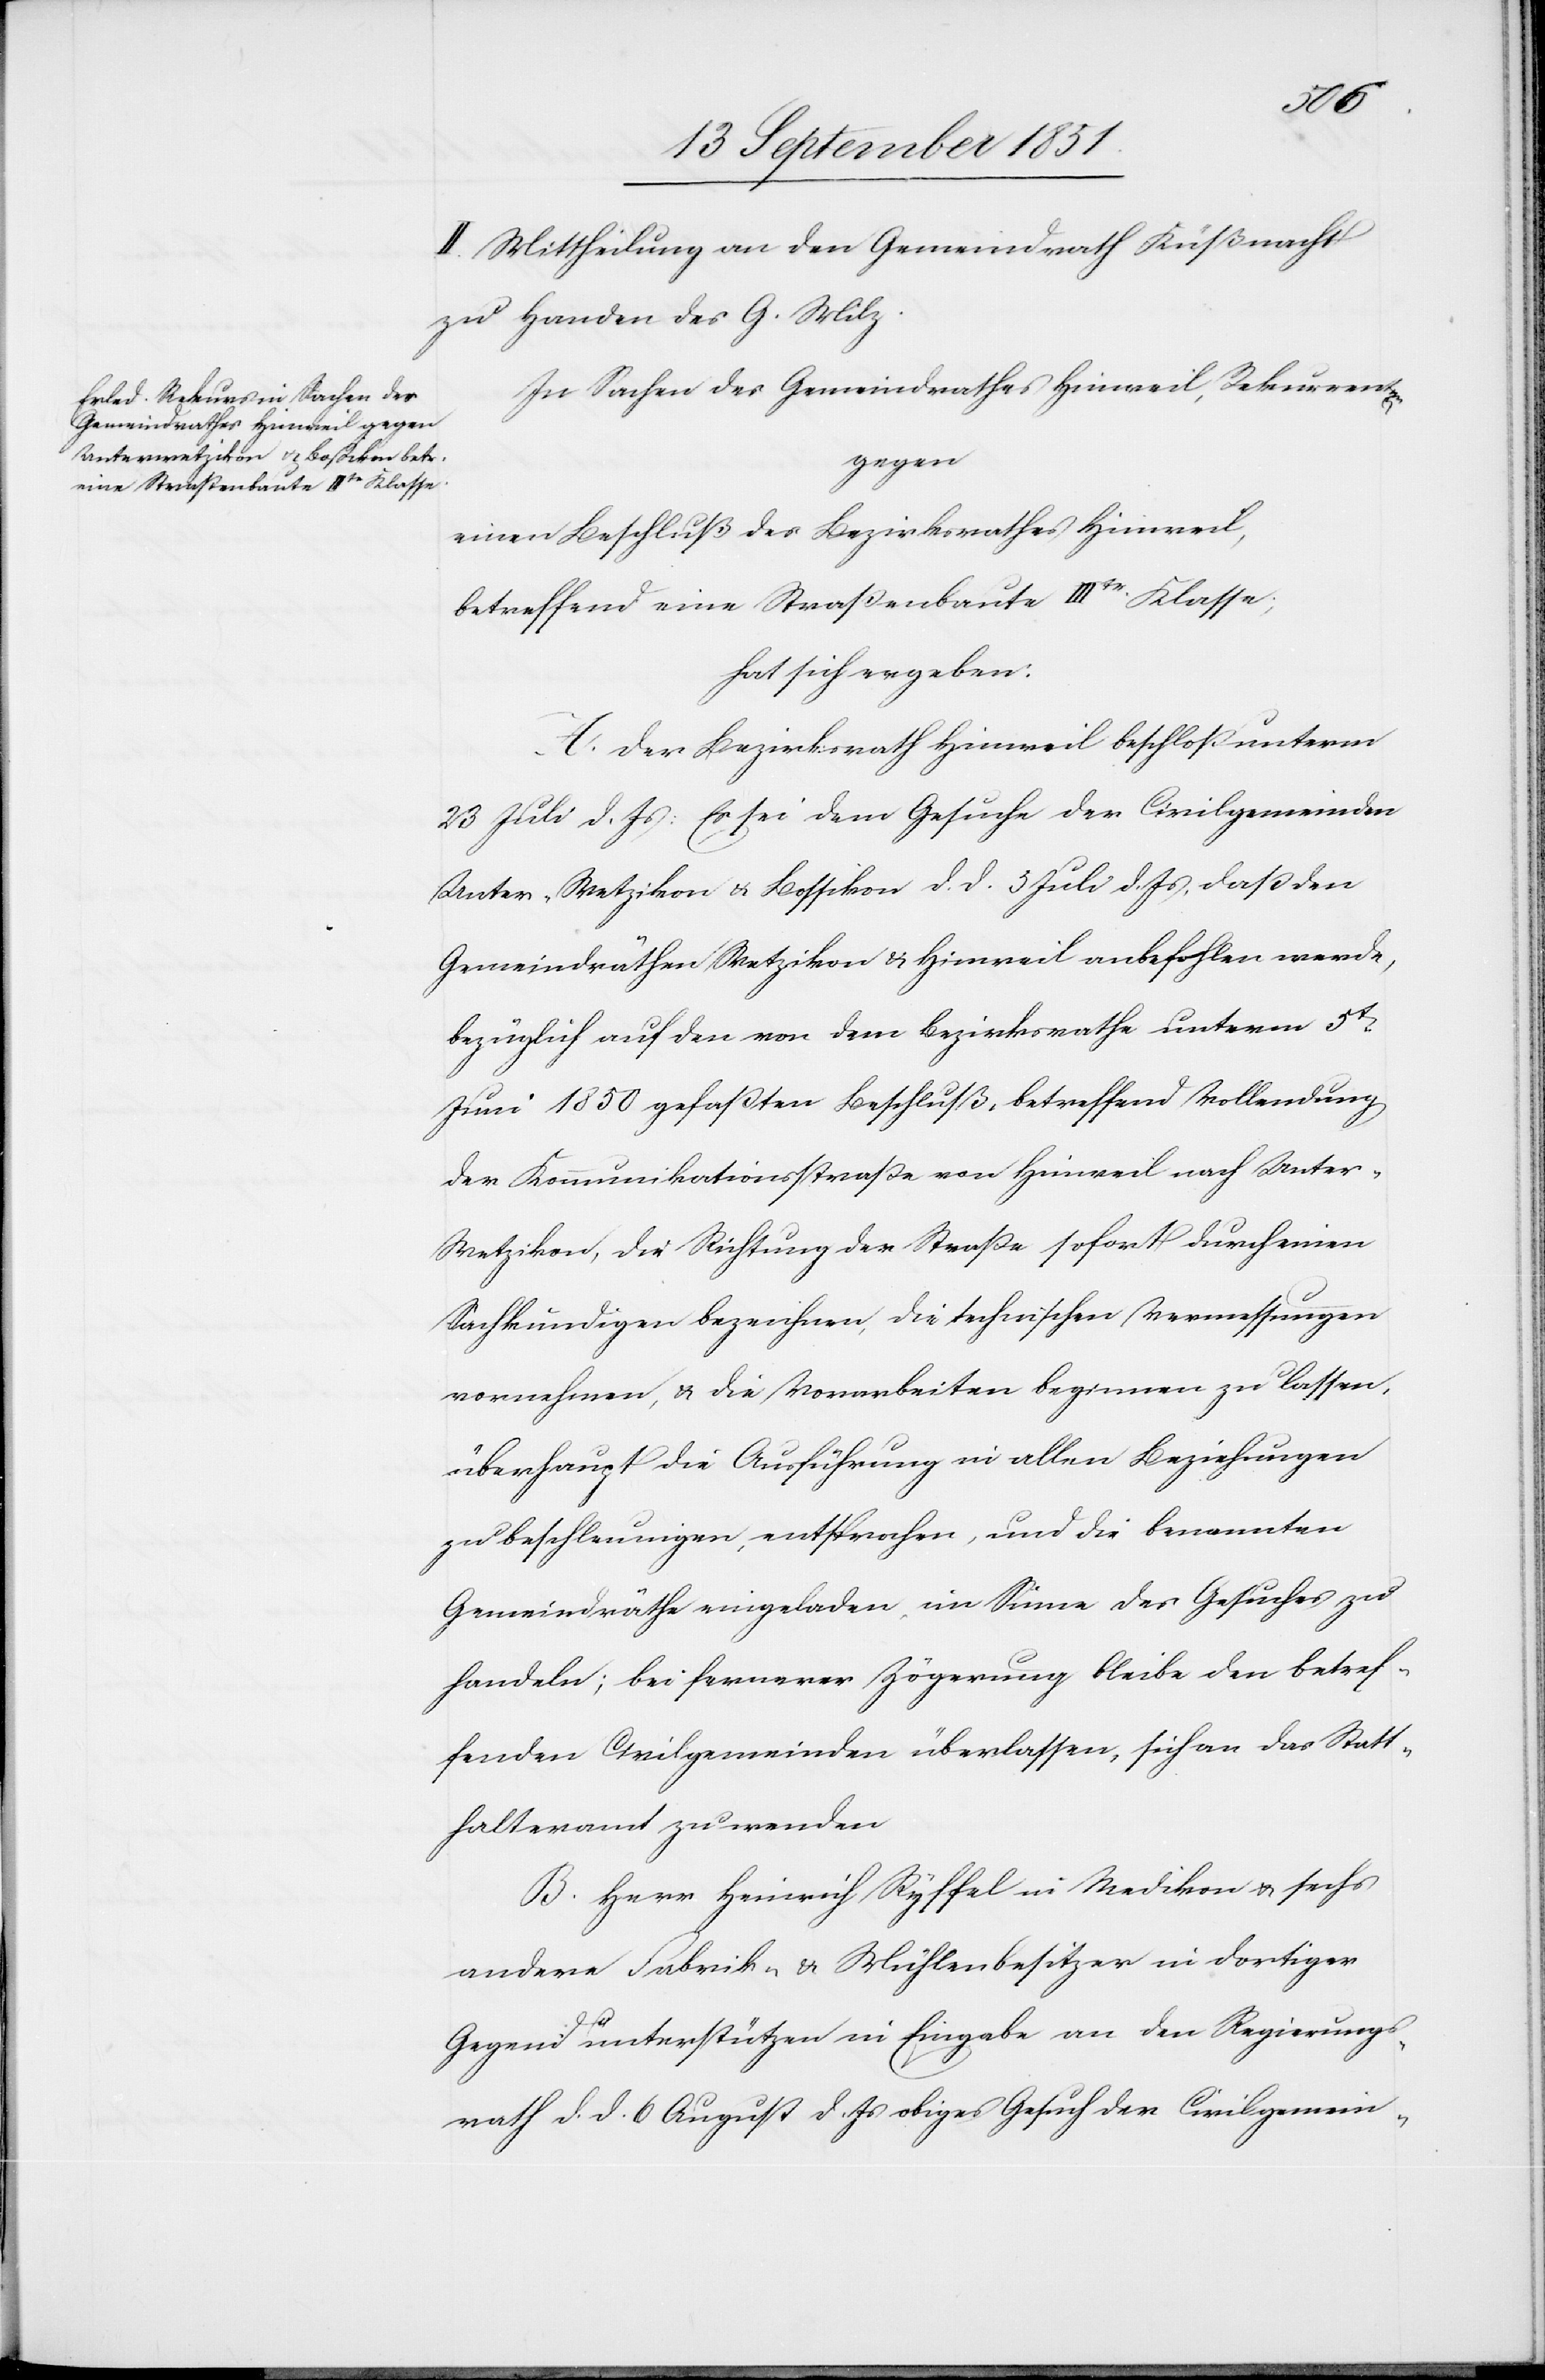
II. Mittheilung an den Gemeindrath Küßnacht
zu Handen des G. Milz.
In Sachen des Gemeindrathes Hinweil, Rekurrenten,
gegen
einen Beschluß des Bezirksrathes Hinweil,
betreffend eine Straßenbaute IIItr Klasse;
hat sich ergeben:
A. Der Bezirksrath Hinweil beschloß unterm
23 Juli d. Js: Es sei dem Gesuche der Civilgemeinden
Unter-Wetzikon & Bossikon d. d. 5 Juli d. Js, daß den
Gemeindräthen Wetzikon & Hinweil anbefohlen werde,
bezüglich auf den von dem Bezirksrathe unterm 5t.
Juni 1850 gefaßten Beschluß, betreffend Vollendung
der Kommunikationsstraße von Hinweil nach Unter-W¬
etzikon, die Richtung der Straße sofort durch einen
Sachkundigen bezeichnen, die technischen Vermessungen
vornehmen, & die Vorarbeiten beginnen zu lassen,
überhaupt die Ausführung in allen Beziehungen
zu beschleunigen, entsprochen, und die benannten
Gemeindräthe eingeladen, im Sinne des Gesuches zu
handeln; bei fernerer Zögerung bleibe den betref¬
fenden Civilgemeinden überlassen, sich an das Statt¬
halteramt zu wenden
B. Herr Heinrich Ryffel in Medikon & sechs
andere Fabrik- & Mühlenbesitzer in dortiger
Gegend unterstützen in Eingabe an den Regierungs¬
rath d. d. 6 August d. Js obiges Gesuch der Civilgemein-